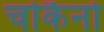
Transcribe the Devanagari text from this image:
चोकैनो